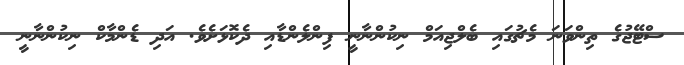
ސްޓޭޖުގެ ތިންވަނަ މެޗުގައި ބެލްޖިއަމް ނިކުންނާނީ ފިންލެންޑާއި ދެކޮޅަށެވެ. އަދި ޑެންމާކް ނިކުންނާނީ